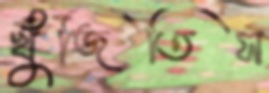
খুঁজিতিস